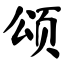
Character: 颂